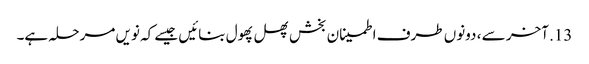
13. آخر سے ، دونوں طرف اطمینان بخش پھل پھول بنائیں جیسے کہ نویں مرحلہ ہے۔